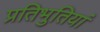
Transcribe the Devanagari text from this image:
प्रतिभुतियां